system: You are a helpful assistant.
user:
Analyze the provided spectrum to determine if it is a **M-type Giant (gM)**.

A M-type Giant spectrum is defined by its **strong molecular absorption** features, particularly from **Titanium Oxide (TiO)**. You must check for one of the following mutually exclusive signatures:

- **Key Visual Indicators (Absorption-Dominated Spectrum):**

    - **(Primary):** The spectrum is dominated by strong molecular absorption from **Titanium Oxide (TiO)**. This is the **defining feature** of its M-type temperature class.
        - **(Key Bandheads):** Look for sharp, "saw-tooth" absorption valleys. The strongest are located near **~7050 Å**, **~6160 Å**, and **~5170 Å**.
        - **(Line Profile):** The "saw-tooth" morphology is critical: a **sharp, steep drop on the BLUE (short-wavelength) side** of the bandhead, followed by a gradual recovery (rising flux) towards the RED (long-wavelength) side.

    - **(Key Confirmation - Giant vs. Dwarf):** **ABSENCE** of strong **Calcium Hydride (CaH)** molecular bands. This is the primary diagnostic for *excluding* M-dwarfs.
        - **(Key Region):** The spectrum should lack the strong, broad absorption band seen in dwarfs between **~6800 Å and ~7000 Å**.

    - **(Secondary Confirmation - Giant):** A very strong and broad **Neutral Calcium (Ca I)** atomic absorption line.
        - **(Key Line):** Located at **~4226 Å**. In a giant (gM), this line is significantly deeper and broader than the same line in an M-dwarf (dM) due to low surface gravity.

    - **(Overall Spectrum):**
        - The continuum is **extremely red-sloping** (i.e., flux is very low in the blue and rises dramatically towards the red).
        - The entire spectrum appears "chopped up" by the deep TiO bands.

Think first, call **spectral_visualization_tool** if needed to examine features in detail, then provide your final answer. Your response must adhere to the following strict rules:
1.  **Overall Structure:** Your response must follow the format `<think>...</think> <tool_call>...</tool_call> (if a tool is used) <answer>...</answer>`.
2.  **Tool Usage Constraint:** You may only make **one** tool call per turn.
3.  **Final Answer Format:** In the `<answer>` tag, your conclusion must be inside a `\boxed{}` command (e.g., `\boxed{YES}` or `\boxed{NO}`), followed by your justification.

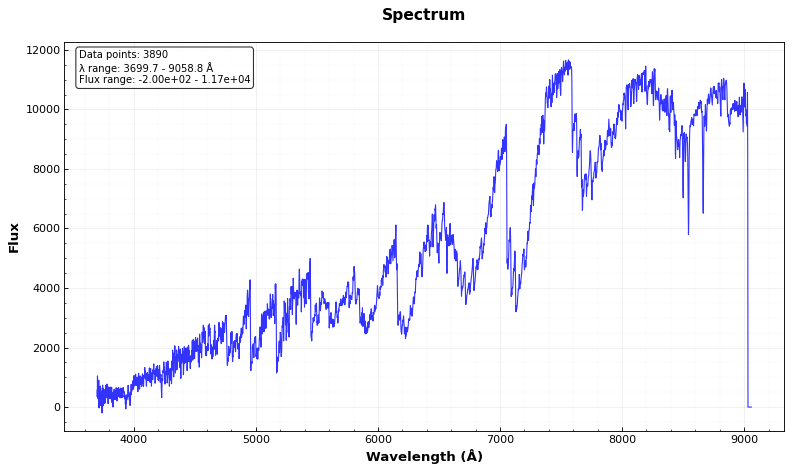
Answer: YES